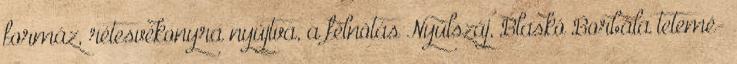
formáz, rétesvékonyra nyújtva, a félnótás Nyúlszáj, Blaskó Borbála tetemé-